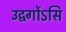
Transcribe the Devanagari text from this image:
उद्वर्गोऽसि